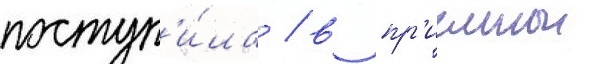
поступ'и́ла / в пр'иемнои